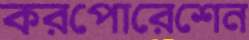
করপোরেশেন